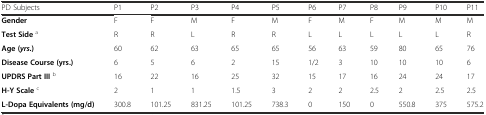
<table><thead><tr><td><b>PD Subjects</b></td><td><b>P1</b></td><td><b>P2</b></td><td><b>P3</b></td><td><b>P4</b></td><td><b>P5</b></td><td><b>P6</b></td><td><b>P7</b></td><td><b>P8</b></td><td><b>P9</b></td><td><b>P10</b></td><td><b>P11</b></td></tr></thead><tbody><tr><td><b>Gender</b></td><td>F</td><td>F</td><td>M</td><td>F</td><td>M</td><td>F</td><td>M</td><td>F</td><td>M</td><td>M</td><td>M</td></tr><tr><td><b>Test Side </b><sup>a</sup></td><td>R</td><td>R</td><td>L</td><td>R</td><td>R</td><td>L</td><td>L</td><td>L</td><td>L</td><td>L</td><td>R</td></tr><tr><td><b>Age (</b><b><i>yrs.</i></b><b>)</b></td><td>60</td><td>62</td><td>63</td><td>65</td><td>65</td><td>56</td><td>63</td><td>59</td><td>80</td><td>65</td><td>76</td></tr><tr><td><b>Disease Course (yrs.)</b></td><td>6</td><td>5</td><td>6</td><td>2</td><td>15</td><td>1/2</td><td>3</td><td>10</td><td>10</td><td>10</td><td>6</td></tr><tr><td><b>UPDRS Part III </b><sup>b</sup></td><td>16</td><td>22</td><td>16</td><td>25</td><td>32</td><td>15</td><td>17</td><td>16</td><td>24</td><td>24</td><td>17</td></tr><tr><td><b>H-Y Scale </b><sup>c</sup></td><td>2</td><td>1</td><td>1</td><td>1.5</td><td>3</td><td>2</td><td>2</td><td>2.5</td><td>2</td><td>2.5</td><td>2.5</td></tr><tr><td><b>L-Dopa Equivalents (mg/d)</b></td><td>300.8</td><td>101.25</td><td>831.25</td><td>101.25</td><td>738.3</td><td>0</td><td>150</td><td>0</td><td>550.8</td><td>375</td><td>575.2</td></tr></tbody></table>